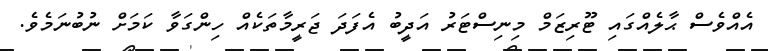
އެއްވެސް ޙާލެއްގައި ޓޫރިޒަމް މިނިސްޓަރު އަދީބު އެފަދަ ޖަރީމާތަކެއް ހިންގަވާ ކަމަށް ނުބުނަމެވެ.